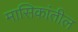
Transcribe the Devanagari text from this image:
मासिकांतील